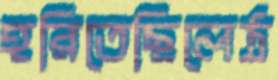
হরিতেছিলেঠ